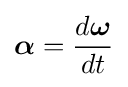
{\boldsymbol {\alpha }}={\frac {d{\boldsymbol {\omega }}}{dt}}